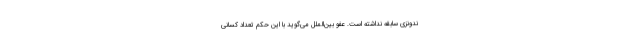
ندونزی سابقه نداشته است. عفو بین‌الملل می‌گوید با این حکم تعداد کسانی